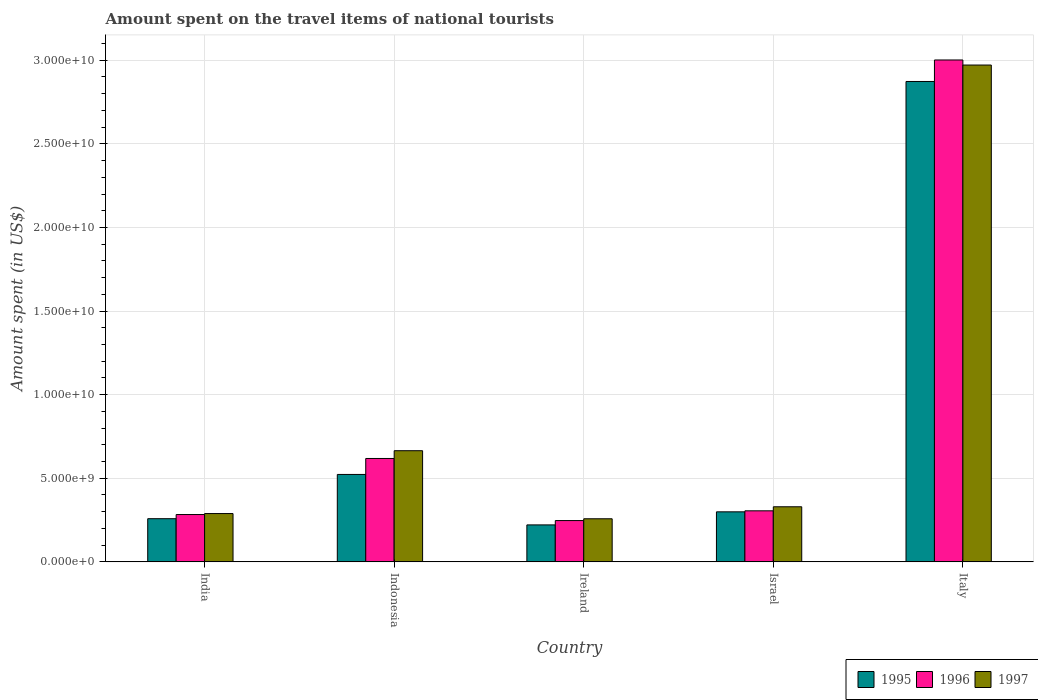
| Country | 1995 | 1996 | 1997 |
 | --- | --- | --- | --- |
 | India | 2.58e+09 | 2.83e+09 | 2.89e+09 |
 | Indonesia | 5.23e+09 | 6.18e+09 | 6.65e+09 |
 | Ireland | 2.21e+09 | 2.47e+09 | 2.58e+09 |
 | Israel | 2.99e+09 | 3.05e+09 | 3.3e+09 |
 | Italy | 2.87e+10 | 3e+10 | 2.97e+10 |